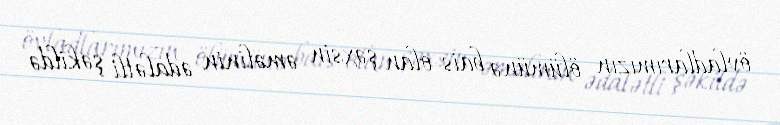
övladlarımızın ölümünə bais olan şəxsin əməlinin ədalətli şəkildə